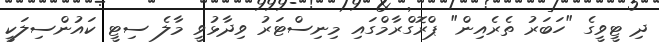
ދި ޓީވީގެ "ހަބަރު ތެރެއިން" ޕްރޮގްރާމްގައި މިނިސްޓަރު ވިދާޅުވީ މާލެ ސިޓީ ކައުންސިލަކީ